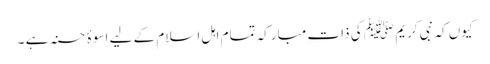
کیوں کہ نبی کریم ﷺ کی ذات ِمبارکہ تمام اہل اسلام کے لیے اسوۂ حسنہ ہے ۔